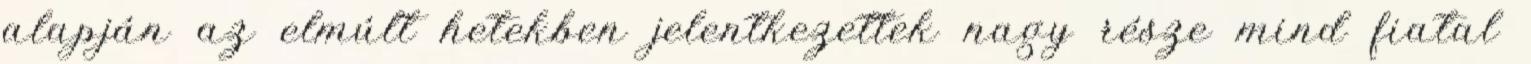
alapján az elmúlt hetekben jelentkezettek nagy része mind fiatal